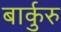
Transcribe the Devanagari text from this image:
बार्कुरु